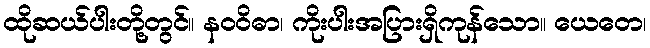
ထိုဆယ်ပါးတို့တွင်။ နဝဝိဓာ၊ ကိုးပါးအပြားရှိကုန်သော။ ယေတေ၊